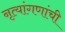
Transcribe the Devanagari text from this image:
नृत्यांगणांची